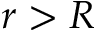
r > R